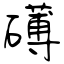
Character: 礡